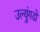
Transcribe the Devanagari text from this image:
उल्युंगडो